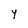
Character: y